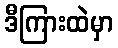
ဒီကြားထဲမှာ